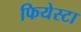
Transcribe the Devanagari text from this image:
फियेस्टा